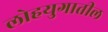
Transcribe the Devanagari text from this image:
लोहयुगातील